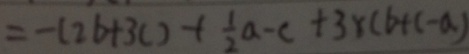
= - ( 2 6 + 3 c ) + \frac { 1 } { 2 } a - c + 3 \times ( b + c - a )